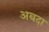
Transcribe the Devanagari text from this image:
अबदा